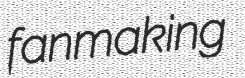
fanmaking